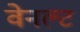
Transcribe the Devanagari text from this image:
वेनल्ट